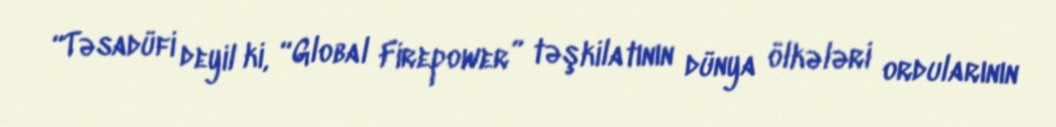
“Təsadüfi deyil ki, “Global Firepower” təşkilatının dünya ölkələri ordularının